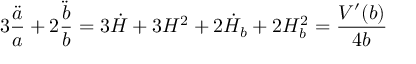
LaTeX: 3 \frac { \ddot { a } } { a } + 2 \frac { \ddot { b } } { b } = 3 \dot { H } + 3 H ^ { 2 } + 2 \dot { H } _ { b } + 2 H _ { b } ^ { 2 } = \frac { V ^ { \prime } ( b ) } { 4 b }